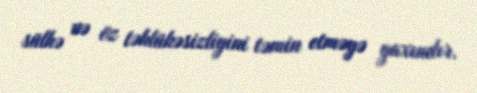
sülhə və öz təhlükəsizliyini təmin etməyə yaxındır.